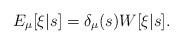
LaTeX: \begin{align*}E_\mu[\xi|s] = \delta_\mu(s) W[\xi|s].\end{align*}